Report of the Municipal Commissioner on the plague in Bombay for the year ending 31st May... - Volume 3
Disease focus: Plague
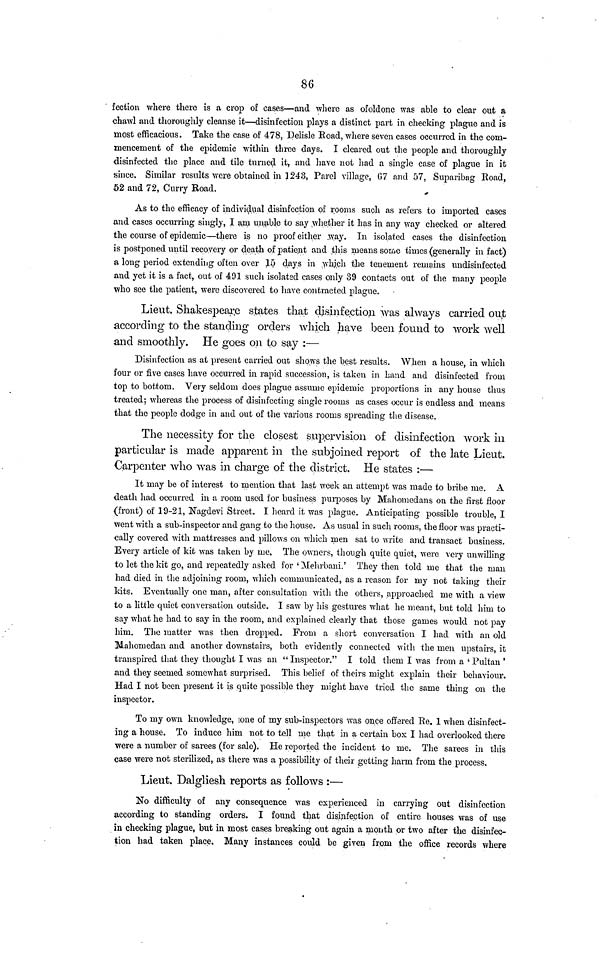
86
fection where there is a crop of cases—and where as ofoldone was able to clear out a
chawl and thoroughly cleanse it—disinfection plays a distinct part in checking plague and is
most efficacious. Take the case of 478, Delisle Road, where seven cases occurred in the com-
mencement of the epidemic within three days. I cleared out the people and thoroughly
disinfected the place and tile turned it, and have not had a single case of plague in it
since. Similar results were obtained in 1243, Parel village, G7 and 57, Suparibag Road,
52 and 72, Curry Road.
As to the efficacy of individual disinfection of rooms such as refers to imported cases
and cases occurring singly, I am unable to say whether it has in any way checked or altered
the course of epidemic—there is no proof either way. In isolated cases the disinfection
is postponed until recovery or death of patient and this means some times (generally in fact)
a long period extending often over 15 days in which the tenement remains undisinfected
and yet it is a fact, out of 491 such isolated cases only 39 contacts out of the many people
who see the patient, were discovered to have contracted plague.
Lieut. Shakespeare states that disinfection was always carried out
according to the standing orders which have been found to work well
and smoothly. He goes on to say :—
Disinfection as at present carried out shows the best results. When a house, in which
four or five cases have occurred in rapid succession, is taken in hand and disinfected from
top to bottom. Very seldom does plague assume epidemic proportions in any house thus
treated; whereas the process of disinfecting single rooms as cases occur is endless and means
that the people dodge in and out of the various rooms spreading the disease.
The necessity for the closest supervision of disinfection work in
particular is made apparent in the subjoined report of the late Lieut.
Carpenter who was in charge of the district. He states :—
It may be of interest to mention that last week an attempt was made to bribe me. A
death had occurred in a room used for business purposes by Mahoniedans on the first floor
(front) of 19-21, Nagdevi Street. I heard it was plague. Anticipating possible trouble, I
went with a sub-inspector and gang to the house. As usual in such rooms, the floor was practi-
cally covered with mattresses and pillows on which men sat to write and transact business.
Every article of kit was taken by me. The owners, though quite quiet, were very unwilling
to let the kit go, and repeatedly asked for 'Mehrbani.' They then told me that the man
had died in the adjoining room, which communicated, as a reason for my not taking their
kits. Eventually one man, after consultation with the others, approached me with a view
to a little quiet conversation outside. I saw by his gestures what he meant, but told him to
say what he had to say in the room, and explained clearly that those games would not pay
him. The matter was then dropped. From a short conversation I had with an old
Mahomedan and another downstairs, both evidently connected with the men upstairs, it
transpired that they thought I was an " Inspector." I told them I was from a 'Pultan'
and they seemed somewhat surprised. This belief of theirs might explain their behaviour.
Had I not been present it is quite possible they might have tried the same thing on the
inspector.
To my own knowledge, one of my sub-inspectors was once offered Re. 1 when disinfect-
ing a house. To induce him not to tell me that in a certain box I had overlooked there
were a number of sarees (for sale). He reported the incident to me. The sarees in this
case were not sterilized, as there was a possibility of their getting harm from the process.
Lieut. Dalgliesh reports as follows :—
No difficulty of any consequence was experienced in carrying out disinfection
according to standing orders. I found that disinfection of entire houses was of use
in checking plague, but in most cases breaking out again a mouth or two after the disinfec-
tion had taken place. Many instances could be given from the office records where